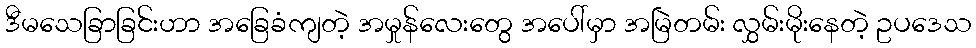
ဒီမသေခြာခြင်းဟာ အခြေခံကျတဲ့ အမှုန်လေးတွေ အပေါ်မှာ အမြဲတမ်း လွှမ်းမိုးနေတဲ့ ဥပဒေသ